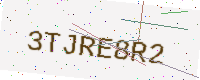
Text: 3TJRE8R2